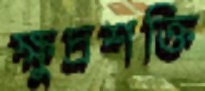
ক্ষুদ্রশক্তি